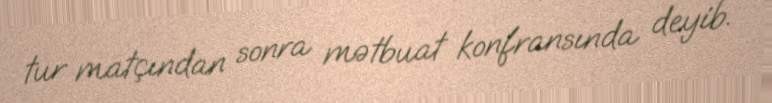
tur matçından sonra mətbuat konfransında deyib.